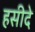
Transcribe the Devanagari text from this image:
हसीदे